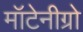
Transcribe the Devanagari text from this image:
मॉटेनीग्रो